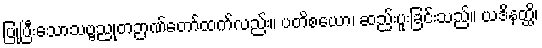
ပြုပြီးသောသဗ္ဗညုတဉာဏ်တော်ထက်လည်း။ ပတိစယော၊ ဆည်းပူးခြင်းသည်။ ယဒိနတ္ထိ၊